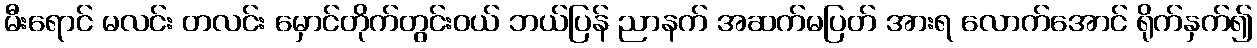
မီးရောင် မလင်း တလင်း မှောင်တိုက်တွင်းဝယ် ဘယ်ပြန် ညာနက် အဆက်မပြတ် အားရ လောက်အောင် ရိုက်နှက်၍